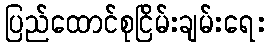
ပြည်ထောင်စုငြိမ်းချမ်းရေး